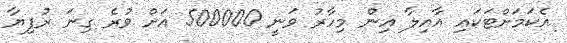
އެކަމަށްޓަކައި އާއިލާ އިން މިހާރު ވަނީ 500000 އަށް ވުރެ ގިނަ ރުފިޔާ